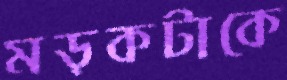
মড়কটাকে